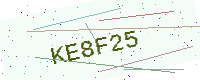
Text: KE8F25